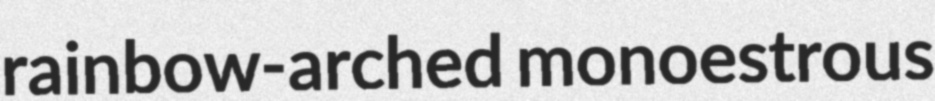
rainbow-arched monoestrous